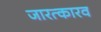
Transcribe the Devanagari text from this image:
जारत्कारव